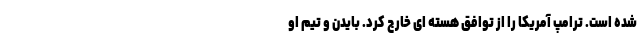
شده است. ترامپ آمریکا را از توافق هسته ای خارج کرد. بایدن و تیم او